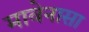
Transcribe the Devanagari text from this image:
मावेनासा